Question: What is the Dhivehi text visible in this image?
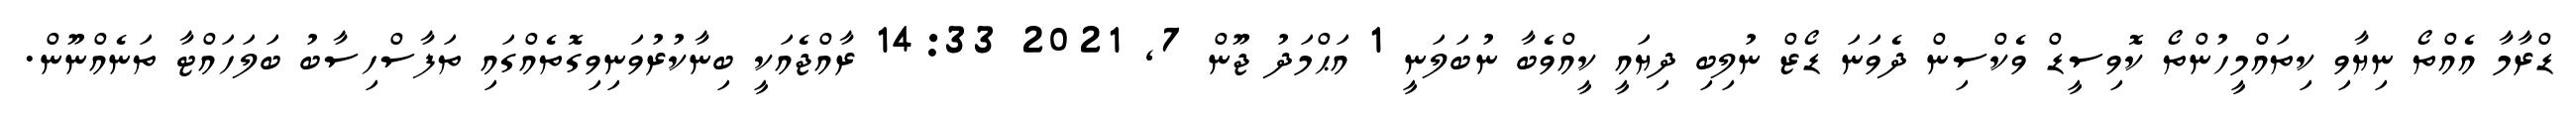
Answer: ޑްރާމާ އެއްތޯ ނިޔާވި ކިތައްމީހުންތޯ ކޮވިސީޑް ވެކްސިން ދެވަނަ ޑޯޒް ނުލިބި ދިޔައީ ކީއްވެބާ ނުބަލަނީ 1 އަޙްމަދު ޖޫން 7, 2021 14:33 ރާއްޖެއަކީ ބިނާކުރުވަނިވިގޮތެއްގައި ތަފާސްހިސާބު ބަލަހައްޓާ ތަނެއްނޫން.